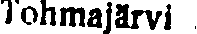
Tohmajärvi